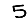
Digit: 5